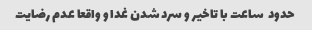
حدود  ساعت با تاخیر و سرد شدن غدا و واقعا عدم رضایت